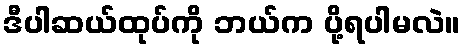
ဒီပါဆယ်ထုပ်ကို ဘယ်က ပို့ရပါမလဲ။